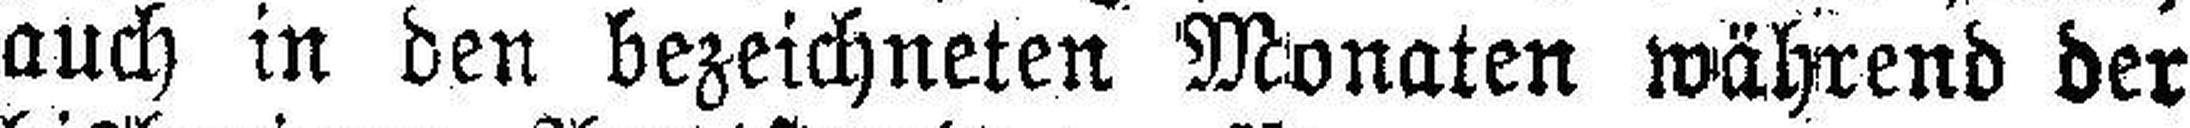
auch in den bezeichneten Monaten während der